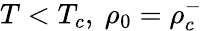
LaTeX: T<T_{c},\ \rho_{0}=\rho_{c}^{-}